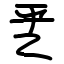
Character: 乯